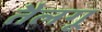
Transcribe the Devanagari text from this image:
तैलगू